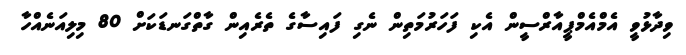
ވިދާޅުވީ އެމްއެމްޕީއާރްސީން އެކި ފަހަރުމަތިން ނެގި ފައިސާގެ ތެރެއިން ގާތްގަނޑަކަށް 80 މިލިއަނެއްހާ